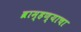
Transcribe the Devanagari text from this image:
ब्राम्हण्याचा